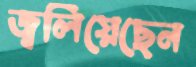
জ্বলিয়েছেন